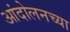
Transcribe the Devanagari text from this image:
आंदोलनच्या